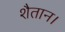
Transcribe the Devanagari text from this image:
शैतान।